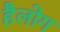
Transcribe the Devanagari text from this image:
हैलोग